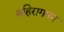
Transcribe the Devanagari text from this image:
बहिरागमन